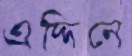
এদ্দিনে